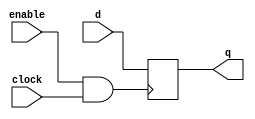
module dff_mux(input enable,input d,input clock,output reg q);
wire gclk;
assign gclk=enable&clock;

always@(posedge gclk)
      begin
       q<=d;
      end
endmodule